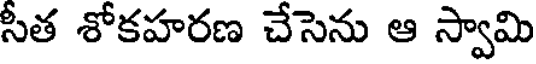
సీత శోకహరణ చేసెను ఆ స్వామి